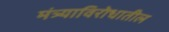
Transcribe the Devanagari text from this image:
मंत्र्याविरोधातील